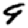
Digit: 9